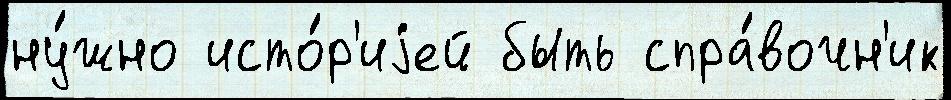
ну́жно исто́р'иjей быть спра́вочн'ик